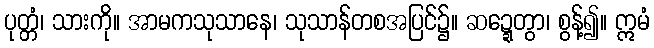
ပုတ္တံ၊ သားကို။ အာမကသုသာနေ၊ သုသာန်တစအပြင်၌။ ဆဍ္ဍေတွာ၊ စွန့်၍။ ဣမံ